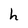
Character: h